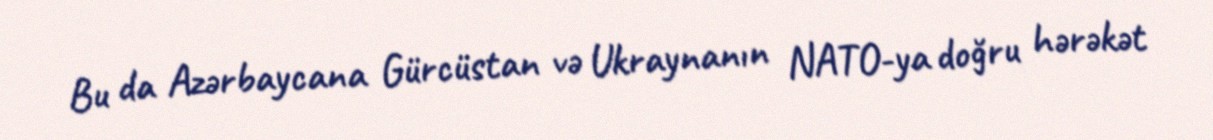
Bu da Azərbaycana Gürcüstan və Ukraynanın NATO-ya doğru hərəkət